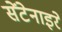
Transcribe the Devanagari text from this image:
सेंटेनाइरे